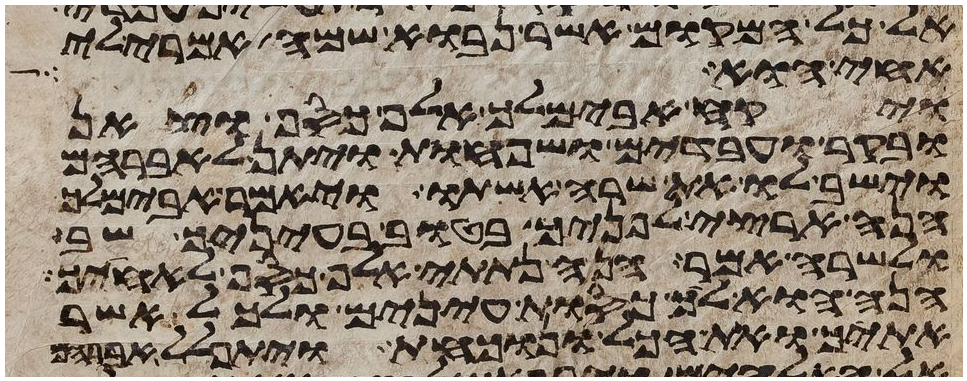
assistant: אל כל המקום אשר נבוא שמה אמרי לי
אחי הוא ויקח
ויקח אבימלך אלף כסף וצאן
ובקר ועבדים ושפחות ויתן לאברהם
וישב לו את שרה אשתו ויאמר אבימלך
הנה ארצי לפניך בטוב בעיניך שב
ולשרה אמר הנה נתתי אלף כסף לאחיך
הנה הוא ליך כסות עינים ולכל אשר
אתיך ואת הכל ונוכחת ויתפלל אברהם